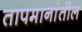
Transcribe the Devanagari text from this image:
तापमानांतील